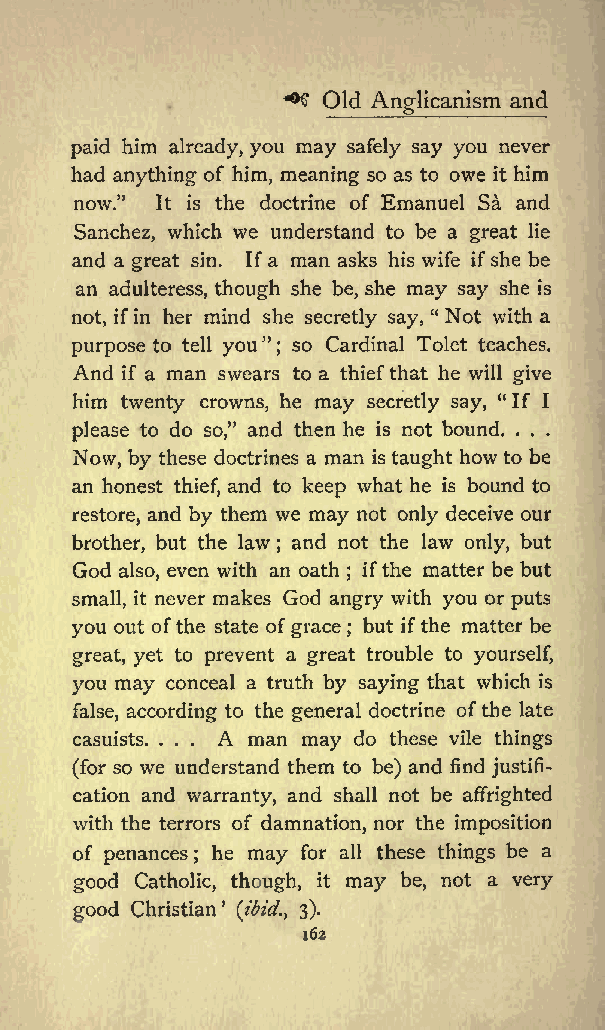
Old          and
 *&amp;gt;$ Anglicanism
 paid him already, you may safely say you never
 had anything of him, meaning so as to owe it him
 now.&quot; It is the doctrine of Emanuel Sa and
 Sanchez, which we understand to be a great lie
 and a great sin. Ifa man asks his wife ifshe be
 an adulteress, though she be, she may say she is
 not, ifin her mind she secretly say, &quot; Not with a
 purpose to tell you&quot; so Cardinal Tolet teaches.
 ;
 And if a man swears to a thiefthat he will give
 him twenty crowns, he may secretly say, &quot; If I
 please to do so,&quot; and then he is not bound. . . .
 Now, by these doctrines a man is taught howto be
 an honest thief, and to keep what he is bound to
 restore, and by them we may not only deceive our
 brother, but the law and not the law only, but
 ;
 God also, even with an oath ; ifthe matter be but
 small, it never makes God angry with you or puts
 you out ofthe state of grace but ifthe matter be
 ;
 great, yet to prevent a great trouble to yourself,
 you may conceal a truth by saying that which is
 false, according to the general doctrine ofthe late
 casuists. ... A man may do these vile things
 (for so we understand them to be) and find justifi
 cation and warranty, and shall not be affrighted
 with the terrors of damnation, nor the imposition
 of penances he may for all these things be a
 ;
 good Catholic, though, it may be, not a very
 good Christian (ibid., 3).
 162